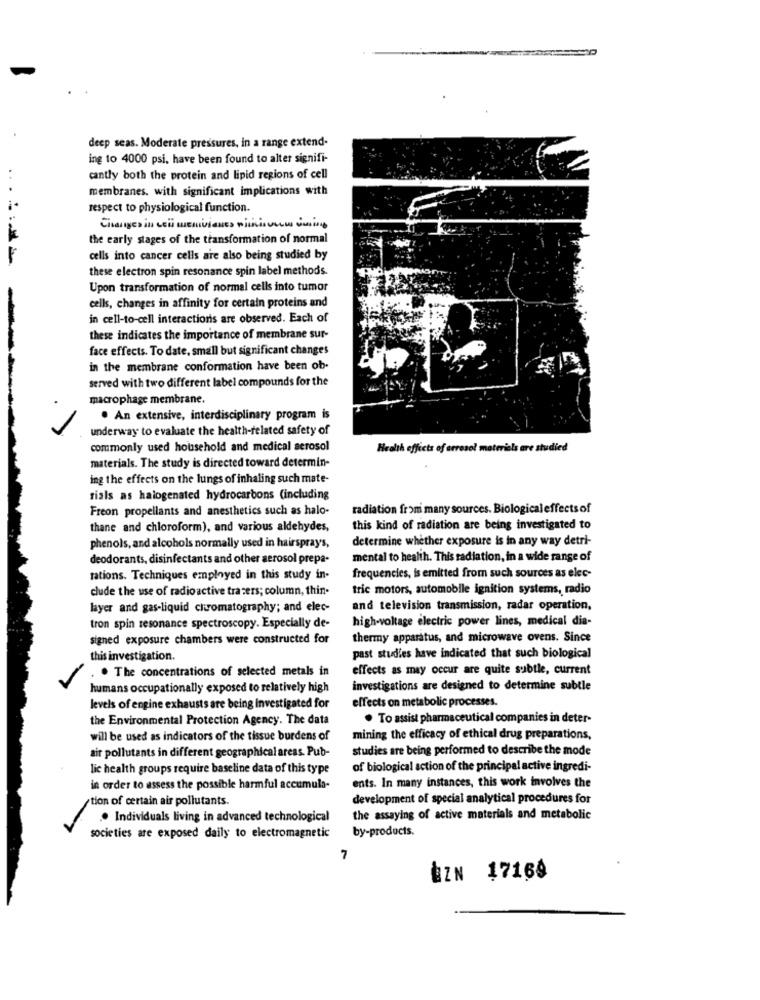
deep seas. Moderate pressures, in a range extend-
ing to 4000 psi, have been found to alter signifi-
cantly both the protein and lipid regions of cell
membranes. with significant implications with
respect to physiological function.
the early stages of the transformation of normal
cells into cancer cells are also being studied by
these electron spin resonance spin label methods.
Upon transformation of normal cells into tumor
cells, changes in affinity for certain proteins and
in cell-to-cell interactions are observed. Each of
these indicates the importance of membrane sur-
face effects. To date, small but significant changes
in the membrane conformation have been ob-
served with two different label compounds for the
macrophage membrane.
. An extensive, interdisciplinary program is
underway to evaluate the health-related safety of
commonly used household and medical aerosol
Health efficts of errosol materials are studied
materials. The study is directed toward determin-
ing the effects on the lungs of inhaling such mate-
rials as halogenated hydrocarbons (including
Freon propellants and anesthetics such as halo-
radiation from many sources. Biological effects of
thane and chloroform), and various aldehydes,
this kind of radiation are being investigated to
determine whether exposure is in any way detri-
phenols, and alcohols normally used in hairsprays,
deodorants, disinfectants and other aerosol prepa-
mental to health. This radiation, in a wide range of
tations. Techniques employed in this study in-
frequencies, is emitted from such sources as elec-
clude the use of radioactive trasers; column, thin.
tric motors, automobile ignition systems, radio
layer and gas-liquid chromatography; and elec-
and television transmission, radar operation,
high-voltage electric power lines, medical dia-
tron spin resonance spectroscopy. Especially de-
signed exposure chambers were constructed for
thermy apparatus, and microwave ovens. Since
this investigation.
past studies have indicated that such biological
. The concentrations of selected metals in
effects as may occur are quite subtle, current
humans occupationally exposed to relatively high
investigations are designed to determine subtle
effects on metabolic processes.
levels of engine exhausts are being investigated for
the Environmental Protection Agency. The data
. To assist pharmaceutical companies in deter-
will be used as indicators of the tissue burdens of
mining the efficacy of ethical drug preparations,
air pollutants in different geographical areas. Pub-
studies are being performed to describe the mode
lic health groups require baseline data of this type
of biological action of the principal active ingredi-
ents. In many instances, this work involves the
in order to assess the possible harmful accumula-
tion of certain air pollutants.
development of special analytical procedures for
.. Individuals living in advanced technological
the assaying of active materials and metabolic
by-products.
societies are exposed daily to electromagnetic
7
BZN 17169